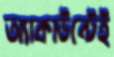
অ্যাকাউন্টেই